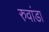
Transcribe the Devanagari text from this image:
रुवांडा